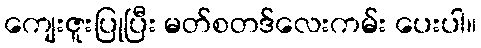
ကျေးဇူးပြုပြီး မတ်စတဒ်လေးကမ်း ပေးပါ။